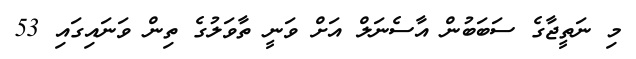
މި ނަތީޖާގެ ސަބަބުން އާސެނަލް އަށް ވަނީ ތާވަލުގެ ތިން ވަނައިގައި 53